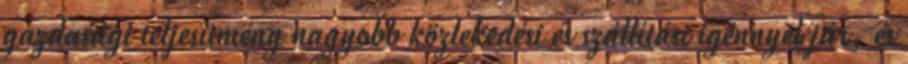
gazdasági teljesítmény nagyobb közlekedési és szállítási igénnyel jár, és